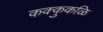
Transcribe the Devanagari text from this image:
कक्कुकळि